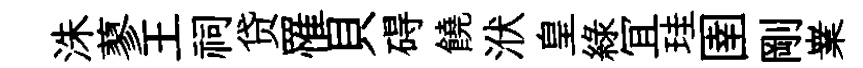
洙蓼王祠贷罹貝碍饒洑皇綠冝珪圉剛嶪